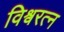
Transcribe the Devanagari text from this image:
विश्र्वरत्न